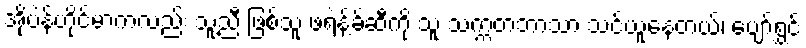
အိုပဲန်ဟိုင်မာကလည်း သူ့ညီ ဖြစ်သူ ဖရဲန့်ခ်ဆီကို သူ သက္ကတဘာသာ သင်ယူနေတယ်၊ ပျော်ရွှင်